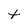
Character: t